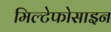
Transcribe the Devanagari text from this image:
मिल्टेफोसाइन